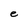
Character: e